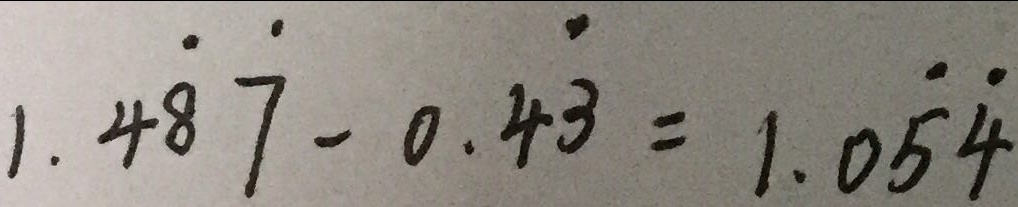
1 . 4 \dot { 8 } \dot { 7 } - 0 . 4 \dot { 3 } = 1 . 0 \dot { 5 } \dot { 4 }